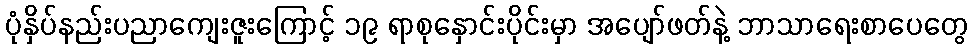
ပုံနှိပ်နည်းပညာကျေးဇူးကြောင့် ၁၉ ရာစုနှောင်းပိုင်းမှာ အပျော်ဖတ်နဲ့ ဘာသာရေးစာပေတွေ